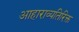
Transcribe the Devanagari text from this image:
आहाराव्यतिरिक्त